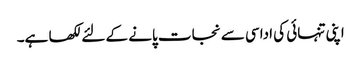
اپنی تنہائی کی اداسی سے نجات پانے کے لئے لکھا ہے۔